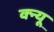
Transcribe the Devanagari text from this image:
क्न्यू